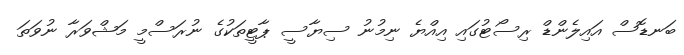
ބަނޑޮސް އައިލެންޑް ރިސޯޓުގައި އިއްޔެ ނިމުނު ސިޔާސީ ޕާޓީތަކުގެ ނުރަސްމީ މަޝްވަރާ ނުވަތަ